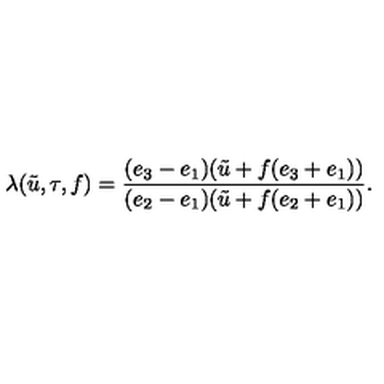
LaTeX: \lambda ( \tilde { u } , \tau , f ) = \frac { ( e _ { 3 } - e _ { 1 } ) ( \tilde { u } + f ( e _ { 3 } + e _ { 1 } ) ) } { ( e _ { 2 } - e _ { 1 } ) ( \tilde { u } + f ( e _ { 2 } + e _ { 1 } ) ) } .